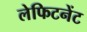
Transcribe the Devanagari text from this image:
लेफिटनेंट